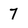
Character: 7